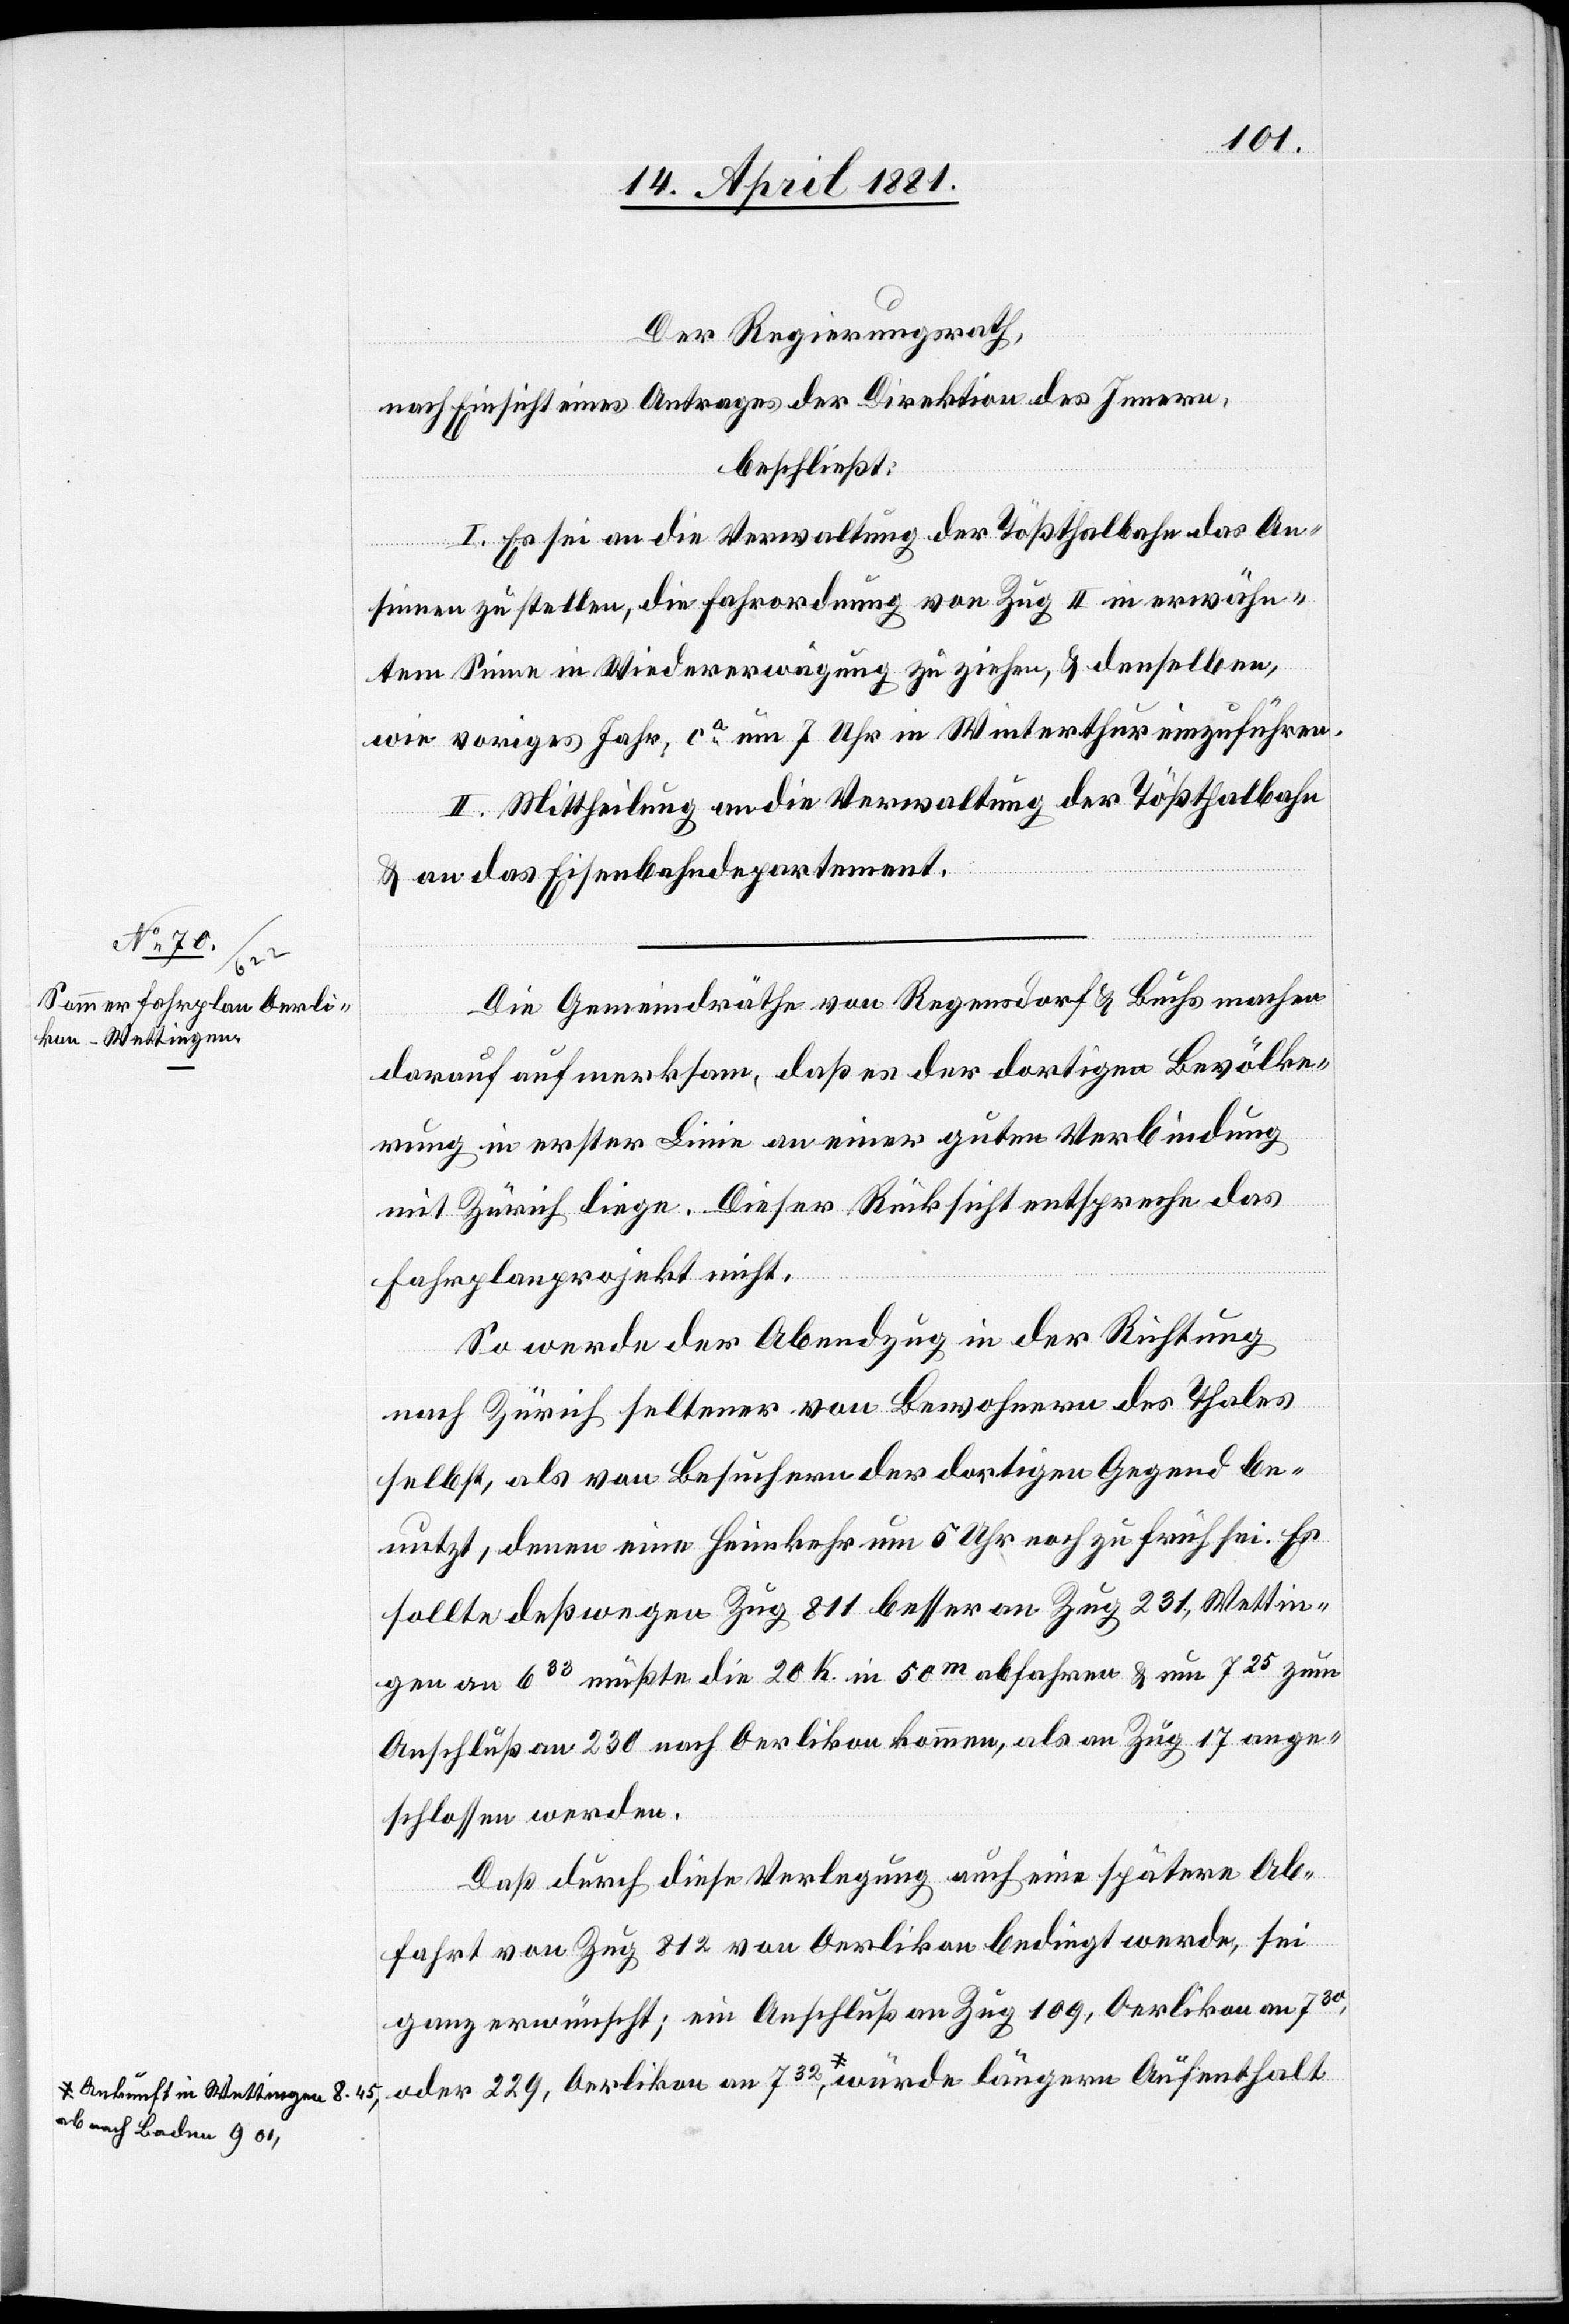
ab nach Baden 901,-a

Der Regierungsrath,
nach Einsicht eines Antrages der Direktion des Innern,
beschließt:
I. Es sei an die Verwaltung der Tößthalbahn das An¬
sinnen zu stellen, die Fahrordnung von Zug II in erwähn¬
tem Sinne in Wiedererwägung zu ziehen, & denselben,
wie voriges Jahr, ca um 7 Uhr in Winterthur einzuführen.
II. Mittheilung an die Verwaltung der Tößthalbahn
& an das Eisenbahndepartement.
Die Gemeindräthe von Regendorf & Buchs machen
darauf aufmerksam, daß es der dortigen Bevölke¬
rung in erster Linie an einer guten Verbindung
mit Zürich liege. Dieser Rücksicht entspreche das
Fahrplanprojekt nicht.
So werde der Abendzug in der Richtung
nach Zürich seltener von Bewohnern des Thales
selbst, als von Besuchern der dortigen Gegend be¬
nutzt, denen eine Heimkehr um 6 Uhr noch zu früh sei. Es
sollte deßwegen Zug 811 besser an Zug 231, Wettin¬
gen an 633 müßte die 20 K. in 50m abfahren & um 725 zum
Anschluß an 230 nach Oerlikon kommen, als an Zug 17 ange¬
schlossen werden.
Daß durch diese Verlegung auch eine spätere Ab¬
fahrt von Zug 812 von Oerlikon bedingt werde, sei
ganz erwünscht; ein Anschluß an Zug 109, Oerlikon an 730,
oder 229, Oerlikon an 732, a-Ankunft in Wettingen 8.45,